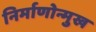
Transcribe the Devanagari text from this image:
निर्माणोन्मुख